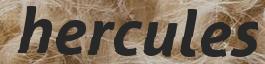
hercules